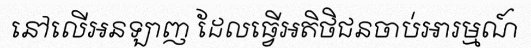
នៅលើអនឡាញ ដែលធ្វើអតិថិជនចាប់អារម្មណ៍